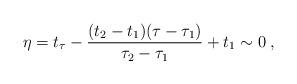
LaTeX: \begin{align*} \eta = t_\tau - \frac{(t_2 -t_1)(\tau -\tau_1)}{\tau_2 -\tau_1} +t_1 \sim 0\;,\end{align*}